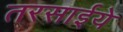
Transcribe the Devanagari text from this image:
तरसाईये